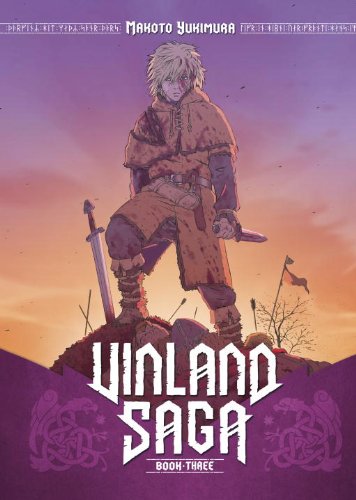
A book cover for Vinland Saga 3; Makoto Yukimura; Comics & Graphic Novels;